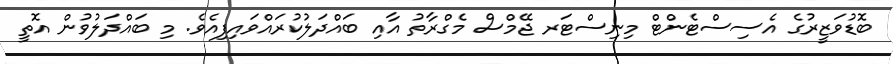
ބޮޑުވަޒީރުގެ އެސިސްޓެންޓް މިނިސްޓަރ ޖޭމްސް މެގްރާތު އާއި ބައްދަލުކުރައްވައިފިއެވެ. މި ބައްދަލުވުން އޮތީ